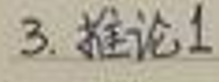
3. 推论1